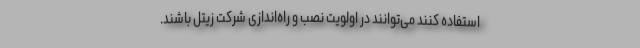
استفاده کنند می‌توانند در اولویت نصب و راه‌اندازی شرکت زیتل باشند.